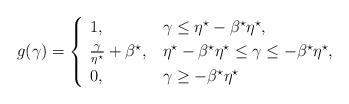
LaTeX: \begin{align*}g(\gamma)=\begin{cases}\,\,1, &\gamma \leq \eta^{\star}-\beta^{\star}\eta^{\star}, \\\,\,\frac{\gamma}{\eta^{\star}}+\beta^{\star}, &\eta^{\star}-\beta^{\star}\eta^{\star} \leq \gamma \leq -\beta^{\star}\eta^{\star},\\\,\,0, & \gamma \geq -\beta^{\star}\eta^{\star}\end{cases}\end{align*}